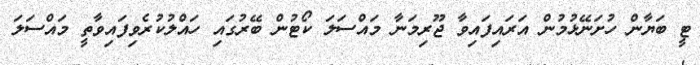
ޓީ ބަޔާން ހުށަނޭޅުމުން އަރައިފައިވާ ޖޫރިމަނާ މައްސަލަ ކޯޓުން ބޭރުގައި ހައްލުކުރެވިފައިވާތީ މައްސަލަ